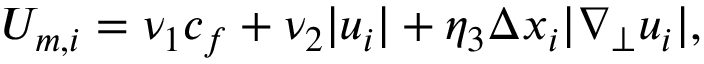
\begin{array} { r } { U _ { m , i } = \nu _ { 1 } c _ { f } + \nu _ { 2 } | u _ { i } | + \eta _ { 3 } \Delta x _ { i } | \nabla _ { \perp } u _ { i } | , } \end{array}